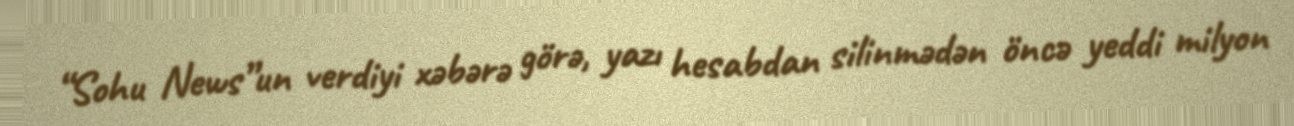
“Sohu News”un verdiyi xəbərə görə, yazı hesabdan silinmədən öncə yeddi milyon